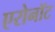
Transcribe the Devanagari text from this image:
एरोनॉट